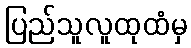
ပြည်သူလူထုထံမှ